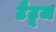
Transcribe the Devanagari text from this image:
टैटूज